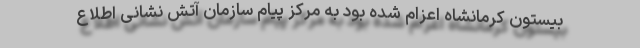
بیستون کرمانشاه اعزام شده بود به مرکز پیام سازمان آتش نشانی اطلاع